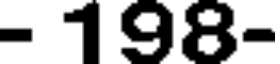
- 198-